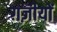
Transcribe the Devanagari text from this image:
ग़ज़ीयों